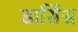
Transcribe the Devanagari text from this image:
डार्सिस